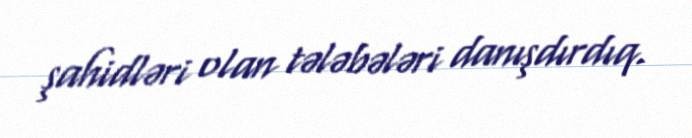
şahidləri olan tələbələri danışdırdıq.